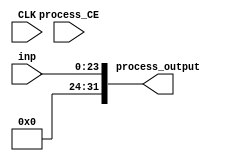
module addChan(input CLK, input process_CE, input [23:0] inp, output [31:0] process_output);
parameter INSTANCE_NAME="INST";
  assign process_output = {(8'd0),({inp[23:16]}),({inp[15:8]}),({inp[7:0]})};
endmodule